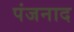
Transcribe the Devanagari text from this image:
पंजनाद